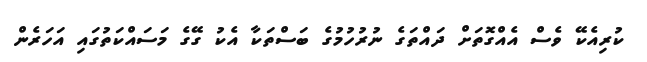
ކުރިއެކޭ ވެސް އެއްގޮތަށް ދައްތަގެ ނުރުހުމުގެ ބަސްތަކާ އެކު ގޭގެ މަސައްކަތުގައި އަހަރެން